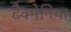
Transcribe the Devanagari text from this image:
टैक्मेनिया